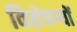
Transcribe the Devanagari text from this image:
विशेषग्यों